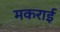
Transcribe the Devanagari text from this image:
मकराई